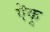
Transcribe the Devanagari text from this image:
ऎकू